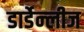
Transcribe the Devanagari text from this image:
डार्डेन्लीज